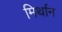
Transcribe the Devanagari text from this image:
मिर्थान